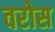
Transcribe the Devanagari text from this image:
वरोस